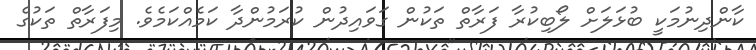
ކާންދިނުމަކީ ބުޅަލަށް ލޯބިކުރާ ފަރާތް ތަކުން ގަވައިދުން ކުރަމުންދާ ކަމެއްކަމެވެ. މިފަރާތް ތަކުގެ